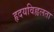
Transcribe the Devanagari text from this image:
हृदयविह्वलता